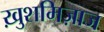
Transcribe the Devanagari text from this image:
ख़ुशमिज़ाज